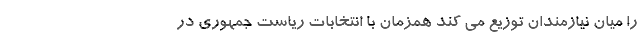
را میان نیازمندان توزیع می کند همزمان با انتخابات ریاست جمهوری در